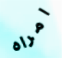
امراه